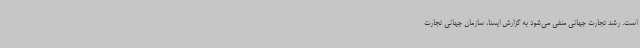
است. رشد تجارت جهانی منفی می‌شود به گزارش ایسنا، سازمان جهانی تجارت